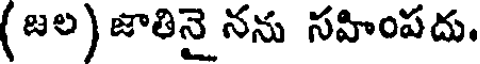
( జల) జాతినై నను సహింపదు.